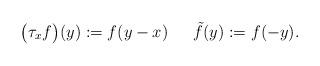
LaTeX: \begin{align*}\bigl(\tau_{x} f\bigr) (y) := f(y-x)\quad\;\;\tilde{f}(y) := f(-y).\end{align*}